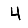
Digit: 4